Annual report of the Imperial Bacteriologist
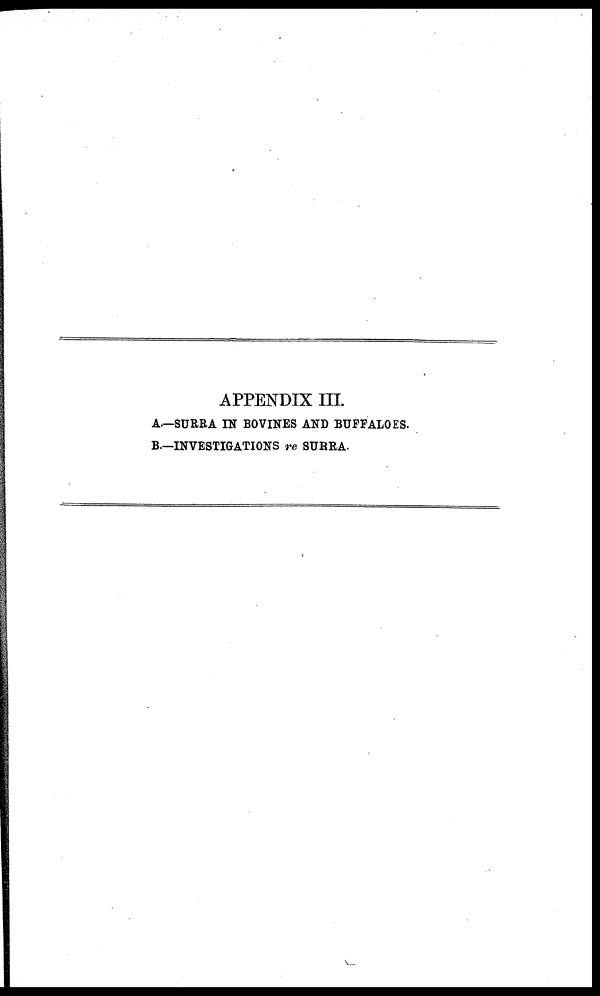
APPENDIX III.
A.—SURRA IN BOVINES AND BUFFALOES.
B.—INVESTIGATIONS re SURRA.